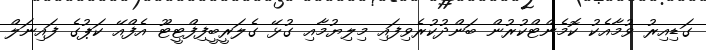
ގަޑިއިރު ވުމާއެކު ކޮމެންޓްކުރުން ބަންދުކުރެވިފައި މިލިޔުމާއި ގުޅޭ ގެލަރީބީފިފްޓީޓޫ އެފްއޭ ކަޕުގެ ފައިނަލް